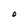
Character: O